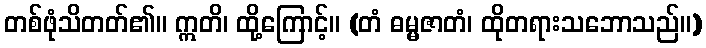
တစ်ဖုံသိတတ်၏။ ဣတိ၊ ထို့ကြောင့်။ (တံ ဓမ္မဇာတံ၊ ထိုတရားသဘောသည်။)